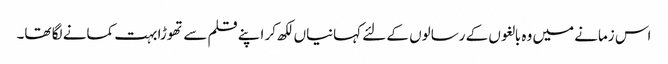
اس زمانے میں وہ بالغوں کے رسالوں کے لئے کہانیاں لکھ کر اپنے قلم سے تھوڑا بہت کمانے لگا تھا۔